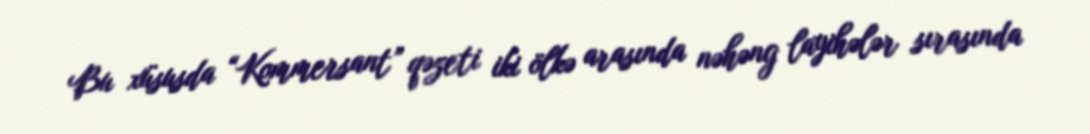
Bu xüsusda “Kommersant” qəzeti iki ölkə arasında nəhəng layihələr sırasında